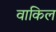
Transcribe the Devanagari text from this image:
वाकिल